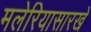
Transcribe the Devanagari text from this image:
मलेरियासारखे